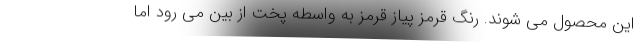
این محصول می شوند. رنگ قرمز پیاز قرمز به واسطه پخت از بین می رود اما